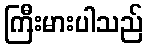
ကြီးမားပါသည်